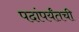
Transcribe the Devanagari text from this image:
पदांपर्यंतची